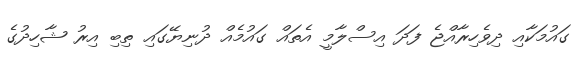
ގައުމަކާއި ދިވެހިރާއްޖެ ފަދަ އިސްލާމީ އެތައް ގައުމެއް ދުނިޔޭގައި ތިބި އިރު ޝާހިދުގެ